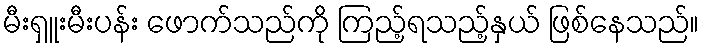
မီးရှူးမီးပန်း ဖောက်သည်ကို ကြည့်ရသည့်နှယ် ဖြစ်နေသည်။